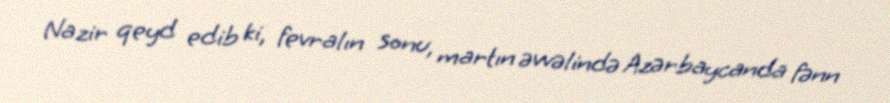
Nazir qeyd edib ki, fevralın sonu, martın əvvəlində Azərbaycanda fənn